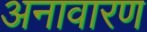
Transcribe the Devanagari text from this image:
अनावारण